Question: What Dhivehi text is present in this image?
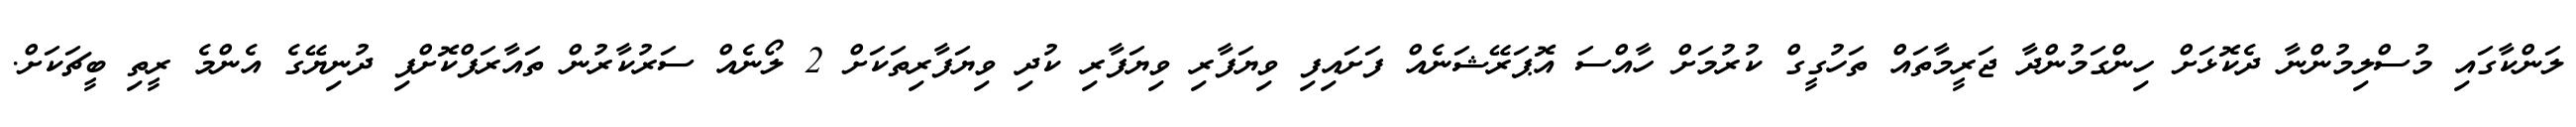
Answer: ލަންކާގައި މުސްލިމުންނާ ދެކޮޅަށް ހިންގަމުންދާ ޖަރީމާތައް ތަހުގީގް ކުރުމަށް ހާއްސަ އޮޕަރޭޝަނެއް ފަށައިފި ވިޔަފާރި ވިޔަފާރި ކުދި ވިޔަފާރިތަކަށް 2 ލޯނެއް ސަރުކާރުން ތައާރަފްކޮށްފި ދުނިޔޭގެ އެންމެ ރީތި ބީޗަކަށް.